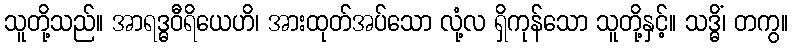
သူတို့သည်။ အာရဒ္ဓဝီရိယေဟိ၊ အားထုတ်အပ်သော လုံ့လ ရှိကုန်သော သူတို့နှင့်။ သဒ္ဓိံ၊ တကွ။